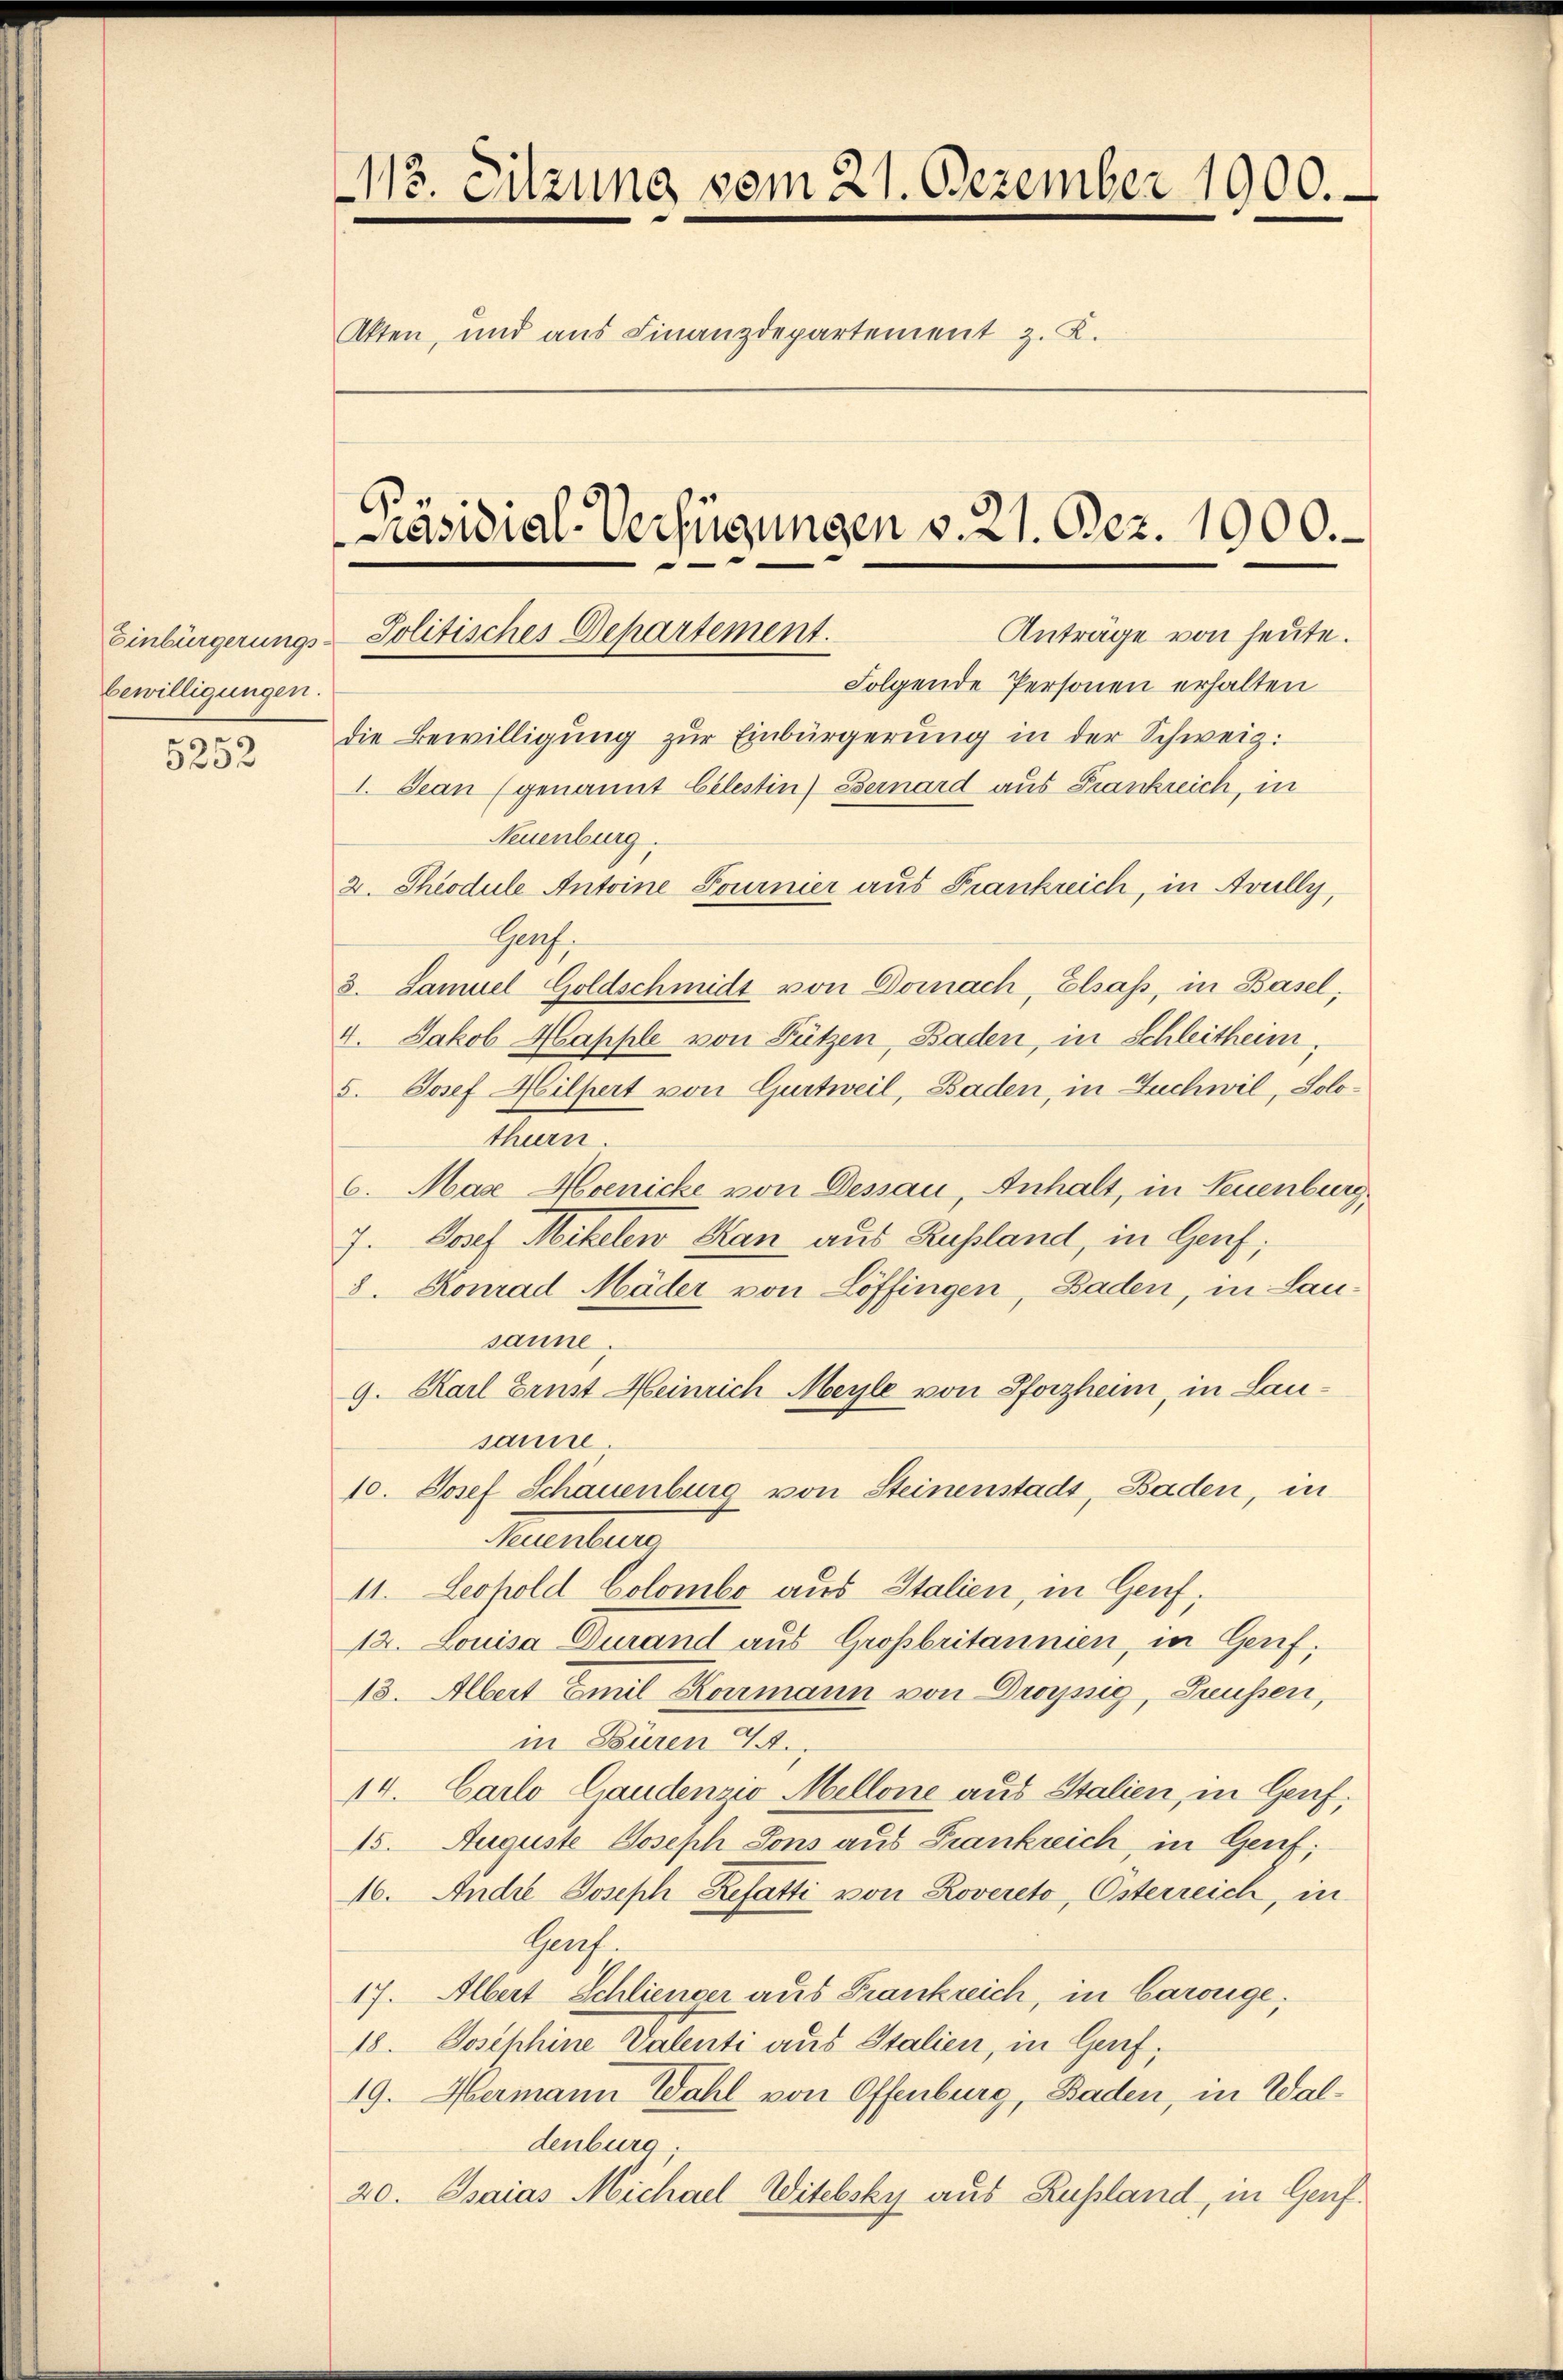
Einbürgerungsbewilligungen.

5252

112. Sitzung vom 21. Dezember 1900.
Akten, und aus Finanzdepartement z. K.
Präsidial-Verfügungen v. 21. Dez. 1900.

Folgende Personen erhalten
die Bewilligung zŭr Einbürgerung in der Schweiz.
I. Jean (genannt bilestin) Bernard aus Frankreich, in
Neuenburg.
2. Theodule Antoine Fournier aus Frankreich, in Avully,
Gaach.
3. Samuel Goldschmidt von Donach, Elsass, in Basel,
4. Jakob Mapple von Lützen, Baden, in Schleitheim,
5. Josef Hilpert von Gurtweil, Baden, in Zuchwil, Solothurn.
6. Max Hoenicke von Dessau, Anhalt, in Neuenburg,
7. Josef Mikelen Kan aus Russland, in Genf;
8. Konrad Mäder von Löffingen, Baden, in Lausanne.
9. Karl Brust Heinrich Meyle von Pforzheim, in Lausanne.
10. Josef Schauenburg von Steinenstadt, Baden, in
Neuenbur
11. Leopold Colombe aus Italien, in Genf,
12. Louisa Durand aus Großbritannien, in Genf.
13. Albert Emil Komann von Droyssig, Grüssen,
in Büren 7.
14. Carlo Laudenzio Mellone aus Italien, in Genf,
15. Auguste Joseph Sons aus Frankreich, in Genf;
16. Andre Joseph Refatti von Rovereto, Österreich, in
Gach.
17. Albert Schlienger aus Frankreich, in Carouge;
18. Josephine Valenti aus Italien, in Harf,
19. Hermann Wahl von Offenburg, Baden, in Waldenburg,
20. Isaias Michael Witebsky aus Rußland, in Genf.

Anträge von heute.
Politisches Departement.